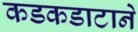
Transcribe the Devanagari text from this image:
कडकडाटाने